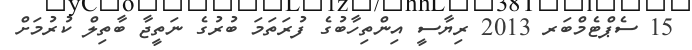
15 ސެޕްޓެމްބަރ 2013 ރިޔާސީ އިންތިހާބުގެ ފުރަތަމަ ބުރުގެ ނަތީޖާ ބާތިލް ކުރުމަށް